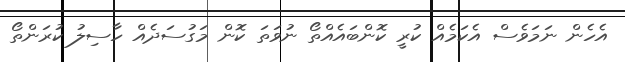
އެހެން ނަމަވެސް އެކަމެއް ކުރީ ކޮންބައެއްތޯ ނުވަތަ ކޮން މަގުސަދެއް ހާސިލު ކުރަންތޯ